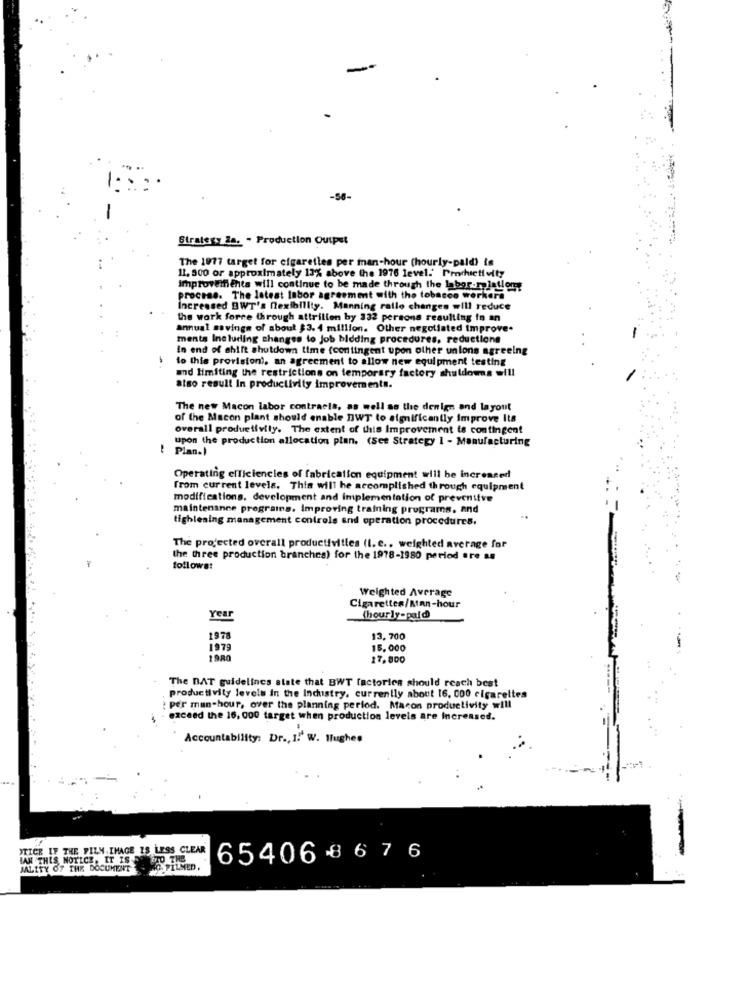
-58-
Strategy la. - Production Output
The 1977 target for cigaretles per man-hour (hourly-pald) is
11. 500 or approximately 13% above the 1976 level.' Prachictivity
improveifients will continue to be made through the labor.relation
process. The latest labor agreement with the tobacco workers
Increased BWT's flexibility. Manning rallo changes will reduce
the work forre through attrition by 332 persons resulting in an
annual savings of about $3. 4 million. Other negotiated improve.
ments Including changes to job bidding procedures, reductions
In end of shift shutdown time (contingent upon other unions agreeing
to this provision), an agreement to allow new equipment testing
and limiting the restrictions on temporary factory shuldoms will
atso result In productivity improvements.
The new Macon labor contracts, as well as the denign and layout
of the Macon plant should enable BWT to significantly Improve Its
overall produetfvily. The extent of this Improvement is contingent
upon the production allocation plan. (See Strategy 1 - Manufacturing
-
Plan.)
Operating efficiencies of fabrication equipment will be increased
from current levels. This will be accomplished through equipment
modifications, development and implementation of preventive
maintenance pregrains. Improving training programs, and
tighlesing management controls and operation procedures.
The projected overall productivitles (I. c ., weighted average for
the three production branches) for the 1978-1980 period are as
follows:
Weighted Average
Cigarettes/Man-hour
Year
(hourly-paid
197
13, 700
1979
15.000
1980
17,800
The BAT guidelines state that BWT factories should reach best
productivity levels in the Industry. currently about 16. 000 cigarettes
per man-hour, over the planning period. Macon productivity will
exceed the 16, 000 target when production levels are increased.
Accountability: Dr ., I.' W. Hughes
TICE IF THE FILM. IMAGE IS LESS CLEAR
BAN THIS NOTICE. IT IS TO THE
65406 86 76
JALITY OF THE DOCUMENT